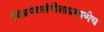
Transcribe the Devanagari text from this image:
चित्रपटसंगीताप्रमाणेच